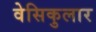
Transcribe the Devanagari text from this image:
वेसिकुलार